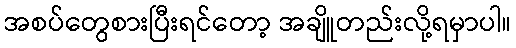
အစပ်တွေစားပြီးရင်တော့ အချိူတည်းလို့ရမှာပါ။